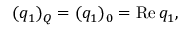
( q _ { 1 } ) _ { \cal Q } = ( q _ { 1 } ) _ { 0 } = \mathrm { R e } \, q _ { 1 } ,